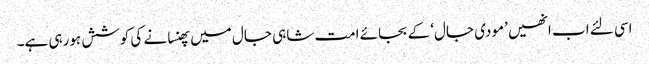
اسی لئے اب انھیں ’مودی جال‘ کے بجائے امت شاہی جال میں پھنسانے کی کوشش ہورہی ہے۔